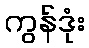
ကွန်ဒုံး